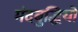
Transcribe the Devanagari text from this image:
मंदबुद्धियों